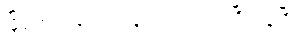
မြို့တော်ဝန်စာပါလျှင် အားလုံးပြီးနေပြီ။